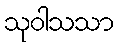
သုဝါသသာ